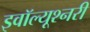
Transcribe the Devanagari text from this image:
इवॉल्यूश्नरी